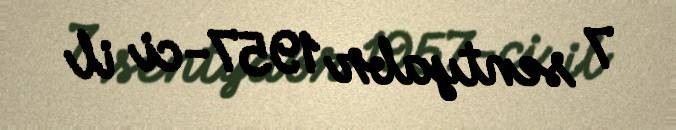
7 sentyabr 1957-ci il